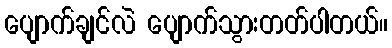
ပျောက်ချင်လဲ ပျောက်သွားတတ်ပါတယ်။